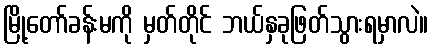
မြို့တော်ခန်းမကို မှတ်တိုင် ဘယ်နှခုဖြတ်သွားရမှာလဲ။